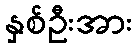
နှစ်ဦးအား